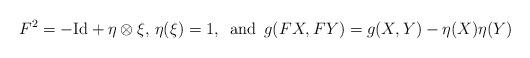
LaTeX: \begin{align*}F^2=-{\rm Id}+\eta\otimes\xi,\,\eta(\xi)=1,\,\,\,{\rm and}\,\,\,g(FX,FY)=g(X,Y)-\eta(X)\eta(Y)\end{align*}